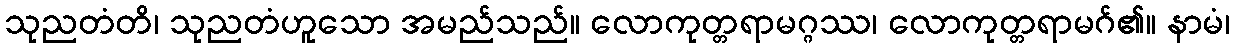
သုညတံတိ၊ သုညတံဟူသော အမည်သည်။ လောကုတ္တရာမဂ္ဂဿ၊ လောကုတ္တရာမဂ်၏။ နာမံ၊